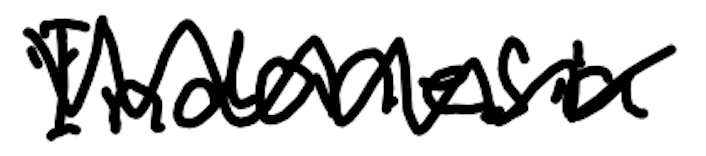
Text: Indonesia
Cross-out: zig-zag
Writing tool: digital_black